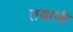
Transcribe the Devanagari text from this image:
तयानी